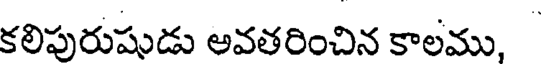
కలిపురుషుడు అవతరించిన కాలము,